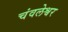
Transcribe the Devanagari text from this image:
चंवलेश्वर